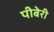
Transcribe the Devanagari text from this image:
पीबेरी